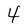
Character: 4